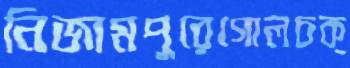
নিজামপুরেগোলচক্